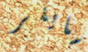
سايلر